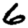
Digit: 6